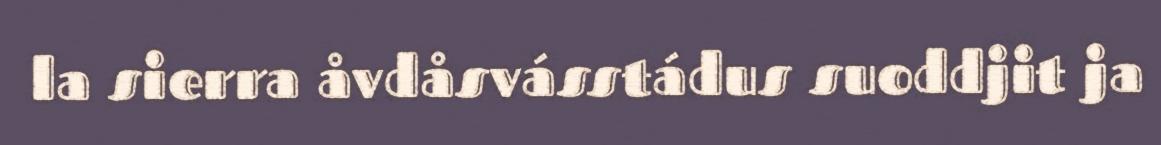
la sierra åvdåsvásstádus suoddjit ja